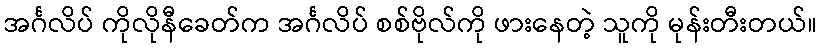
အင်္ဂလိပ် ကိုလိုနီခေတ်က အင်္ဂလိပ် စစ်ဗိုလ်ကို ဖားနေတဲ့ သူကို မုန်းတီးတယ်။